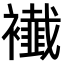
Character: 𧞬